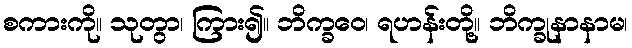
စကားကို။ သုတွာ၊ ကြား၍။ ဘိက္ခဝေ၊ ရဟန်းတို့။ ဘိက္ခုနာနာမ၊